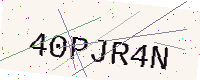
Text: 40PJR4N